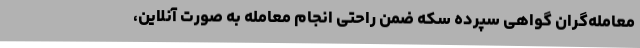
معامله‌گران گواهی سپرده سکه ضمن راحتی انجام معامله به صورت آنلاین،